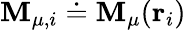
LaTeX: \mathbf{M}_{\mu,i}\doteq\mathbf{M}_{\mu}({\mathbf{r}}_{i})